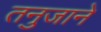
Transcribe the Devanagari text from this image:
तनुजाने